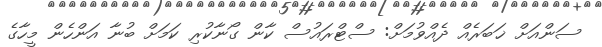
ސަންއަށް ޚަބަރެއް ދެއްވުމަށް: ސްޓްރައުސް ކާން ގޯނާކުރި ކަމަށް ބުނާ އަންހެން މީހާގެ